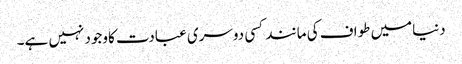
دنیامیں طواف کی مانند کسی دوسری عبادت کاوجود نہیں ہے۔